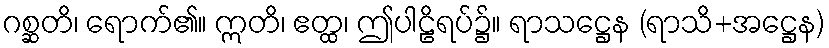
ဂစ္ဆတိ၊ ရောက်၏။ ဣတိ၊ ဧတ္ထ၊ ဤပါဠိရပ်၌။ ရာသဋ္ဌေန (ရာသိ+အဋ္ဌေန)